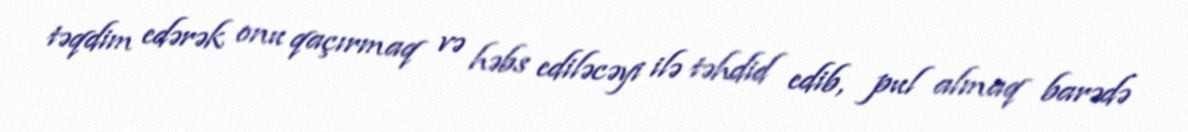
təqdim edərək onu qaçırmaq və həbs ediləcəyi ilə təhdid edib, pul almaq barədə